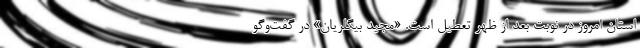
استان امروز در نوبت بعد از ظهر تعطیل است. «مجید بیگلریان» در گفت‌وگو